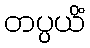
တပ္ပယိံ